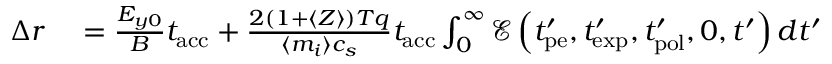
\begin{array} { r l } { \Delta r } & { { } = \frac { E _ { y 0 } } { B } t _ { \mathrm { a c c } } + \frac { 2 ( 1 + \langle Z \rangle ) T q } { \langle m _ { i } \rangle c _ { s } } t _ { \mathrm { a c c } } \int _ { 0 } ^ { \infty } \mathcal { E } \left( t _ { \mathrm { p e } } ^ { \prime } , t _ { \mathrm { e x p } } ^ { \prime } , t _ { \mathrm { p o l } } ^ { \prime } , 0 , t ^ { \prime } \right) d t ^ { \prime } } \end{array}